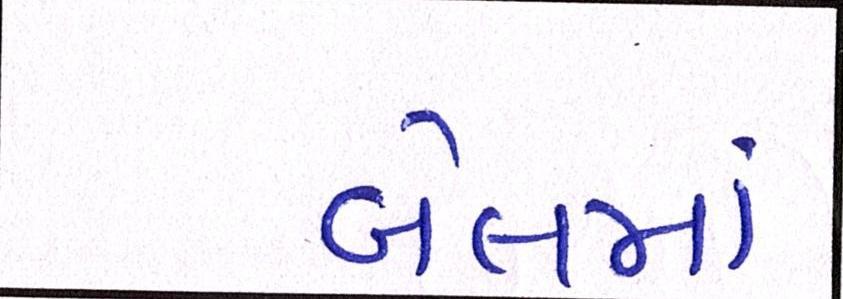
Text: બેલમાં